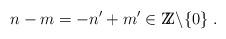
LaTeX: \begin{align*}n-m = -n^\prime + m^\prime \in \mbox{Z\hspace{-.8ex}Z}\backslash\{0\} \; .\end{align*}